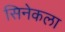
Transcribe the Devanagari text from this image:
सिनेकला